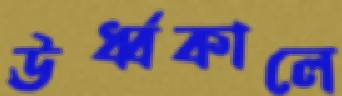
ঊর্ধ্বকালে